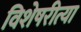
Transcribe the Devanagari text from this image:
विशेषरीत्या